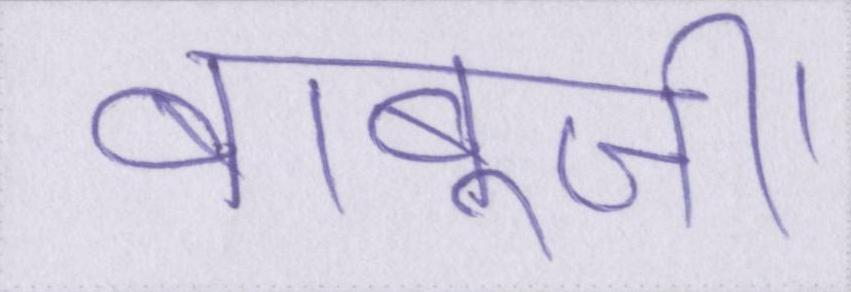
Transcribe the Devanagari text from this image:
बाबूजी।